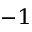
^ { - 1 }